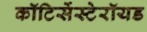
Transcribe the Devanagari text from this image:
कॉटिर्सेस्टेरॉयड